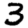
Digit: 3